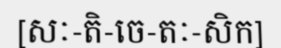
[សៈ-តិ-ចេ-តៈ-សិក]